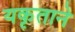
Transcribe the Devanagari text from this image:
यकृताने